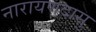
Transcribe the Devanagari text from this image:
नारायणदासु